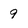
Character: 9